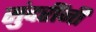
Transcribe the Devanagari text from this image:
सुंदरींनी